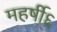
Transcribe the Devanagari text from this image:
महर्षी६